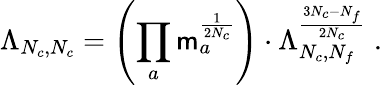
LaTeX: \Lambda_{N_{c},N_{c}}=\left(\prod_{a}\mathsf{m}_{a}^{\frac{1}{{2N_{c}}}}\right)\cdot\Lambda_{N_{c},N_{f}}^{\frac{{3N_{c}-N_{f}}}{{2N_{c}}}}\; .